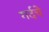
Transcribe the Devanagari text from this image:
गर्दचे